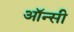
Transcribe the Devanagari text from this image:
ऑन्सी